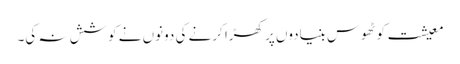
معیشت کو ٹھوس بنیادوں پر کھڑا کرنے کی دونوں نے کوشش نہ کی۔